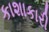
કાશાકારી